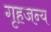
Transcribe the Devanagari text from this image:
गृहजन्य